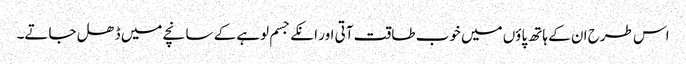
اس طرح ان کے ہاتھ پاؤں میں خوب طاقت آتی اور انکے جسم لوہے کے سانچے میں ڈھل جاتے۔